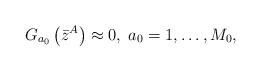
LaTeX: \begin{align*}G_{a_{0}}\left( \bar{z}^{A}\right) \approx 0,\;a_{0}=1,\ldots ,M_{0},\end{align*}